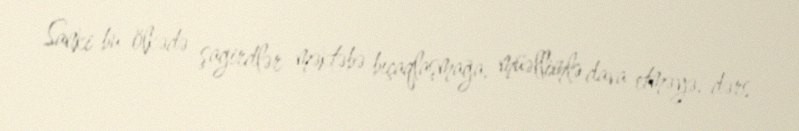
Sanki bu ölkədə şagirdlər məktəbə bıçaqlaşmağa, müəllimlə dava etməyə, dərs